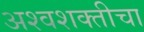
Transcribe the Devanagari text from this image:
अश्वशक्तीचा